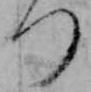
つ